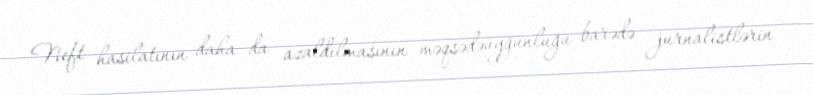
Neft hasilatının daha da azaldılmasının məqsədəuyğunluğu barədə jurnalistlərin